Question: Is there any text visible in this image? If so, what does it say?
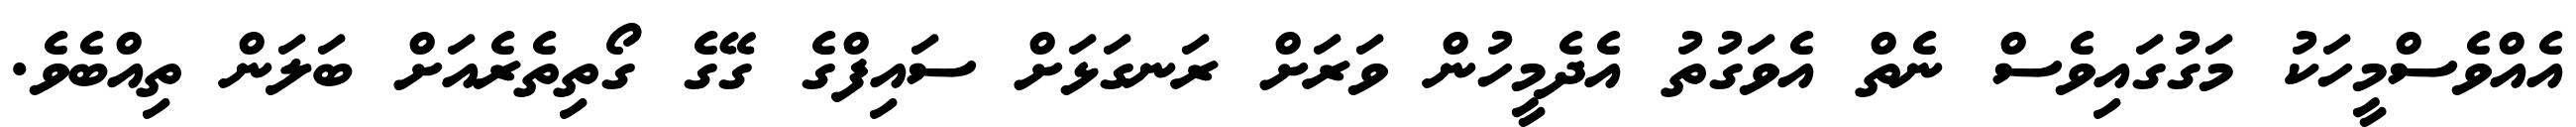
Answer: އެއްވެސްމީހަކު މަގުގައިވެސް ނެތް އެވަގުތު އެދެމީހުން ވަރަށް ރަނގަޅަށް ސައިފްގެ ގޭގެ ގޯތިތެރެއަށް ބަލަން ތިއްބެވެ.